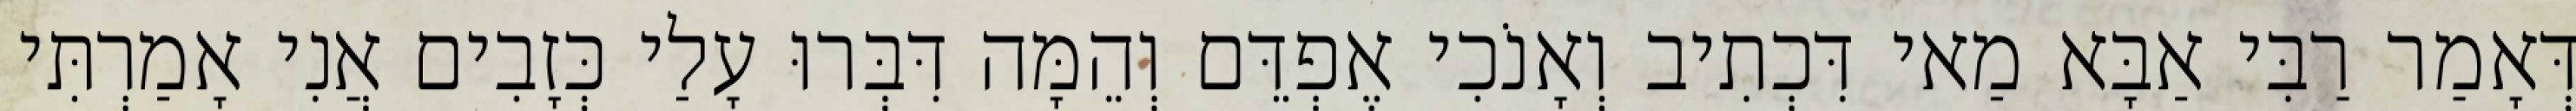
דְּאָמַר רַבִּי אַבָּא מַאי דִּכְתִיב וְאָנֹכִי אֶפְדֵּם וְהֵמָּה דִּבְּרוּ עָלַי כְּזָבִים אֲנִי אָמַרְתִּי